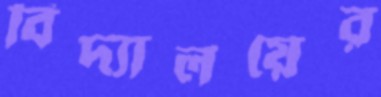
বিদ্যালয়ের